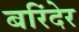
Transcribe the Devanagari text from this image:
बरिंदेर